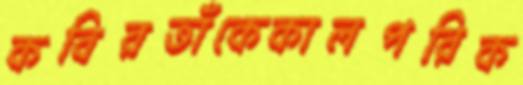
কবিরতাঁকেকালপরিক